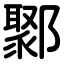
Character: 鄹